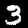
Digit: 3